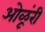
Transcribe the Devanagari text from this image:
ओळूंरी